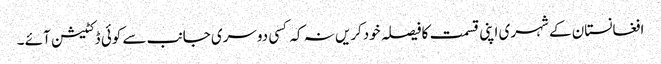
افغانستان کے شہری اپنی قسمت کافیصلہ خودکریں نہ کہ کسی دوسری جانب سے کوئی ڈکٹیشن آئے ۔